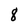
Character: 8